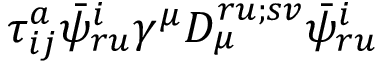
\tau _ { i j } ^ { a } \bar { \psi } _ { r u } ^ { i } \gamma ^ { \mu } D _ { \mu } ^ { r u ; s v } \bar { \psi } _ { r u } ^ { i }